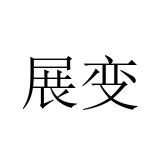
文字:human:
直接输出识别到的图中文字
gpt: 展变